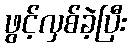
ဖွင့်လှစ်ခဲ့ပြီး